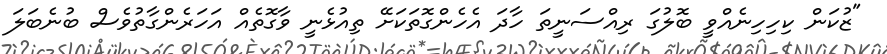
"ޒުކަން ކިހިހިނެއްވީ ބޮލުގަ ރިއްސަނީތަ ހާދަ އެހެންގޮތަކަށޭ ތިއުޅެނީ ވާގޮތެއް އަހަރެންގާތުވެސް ބުނެބަލަ